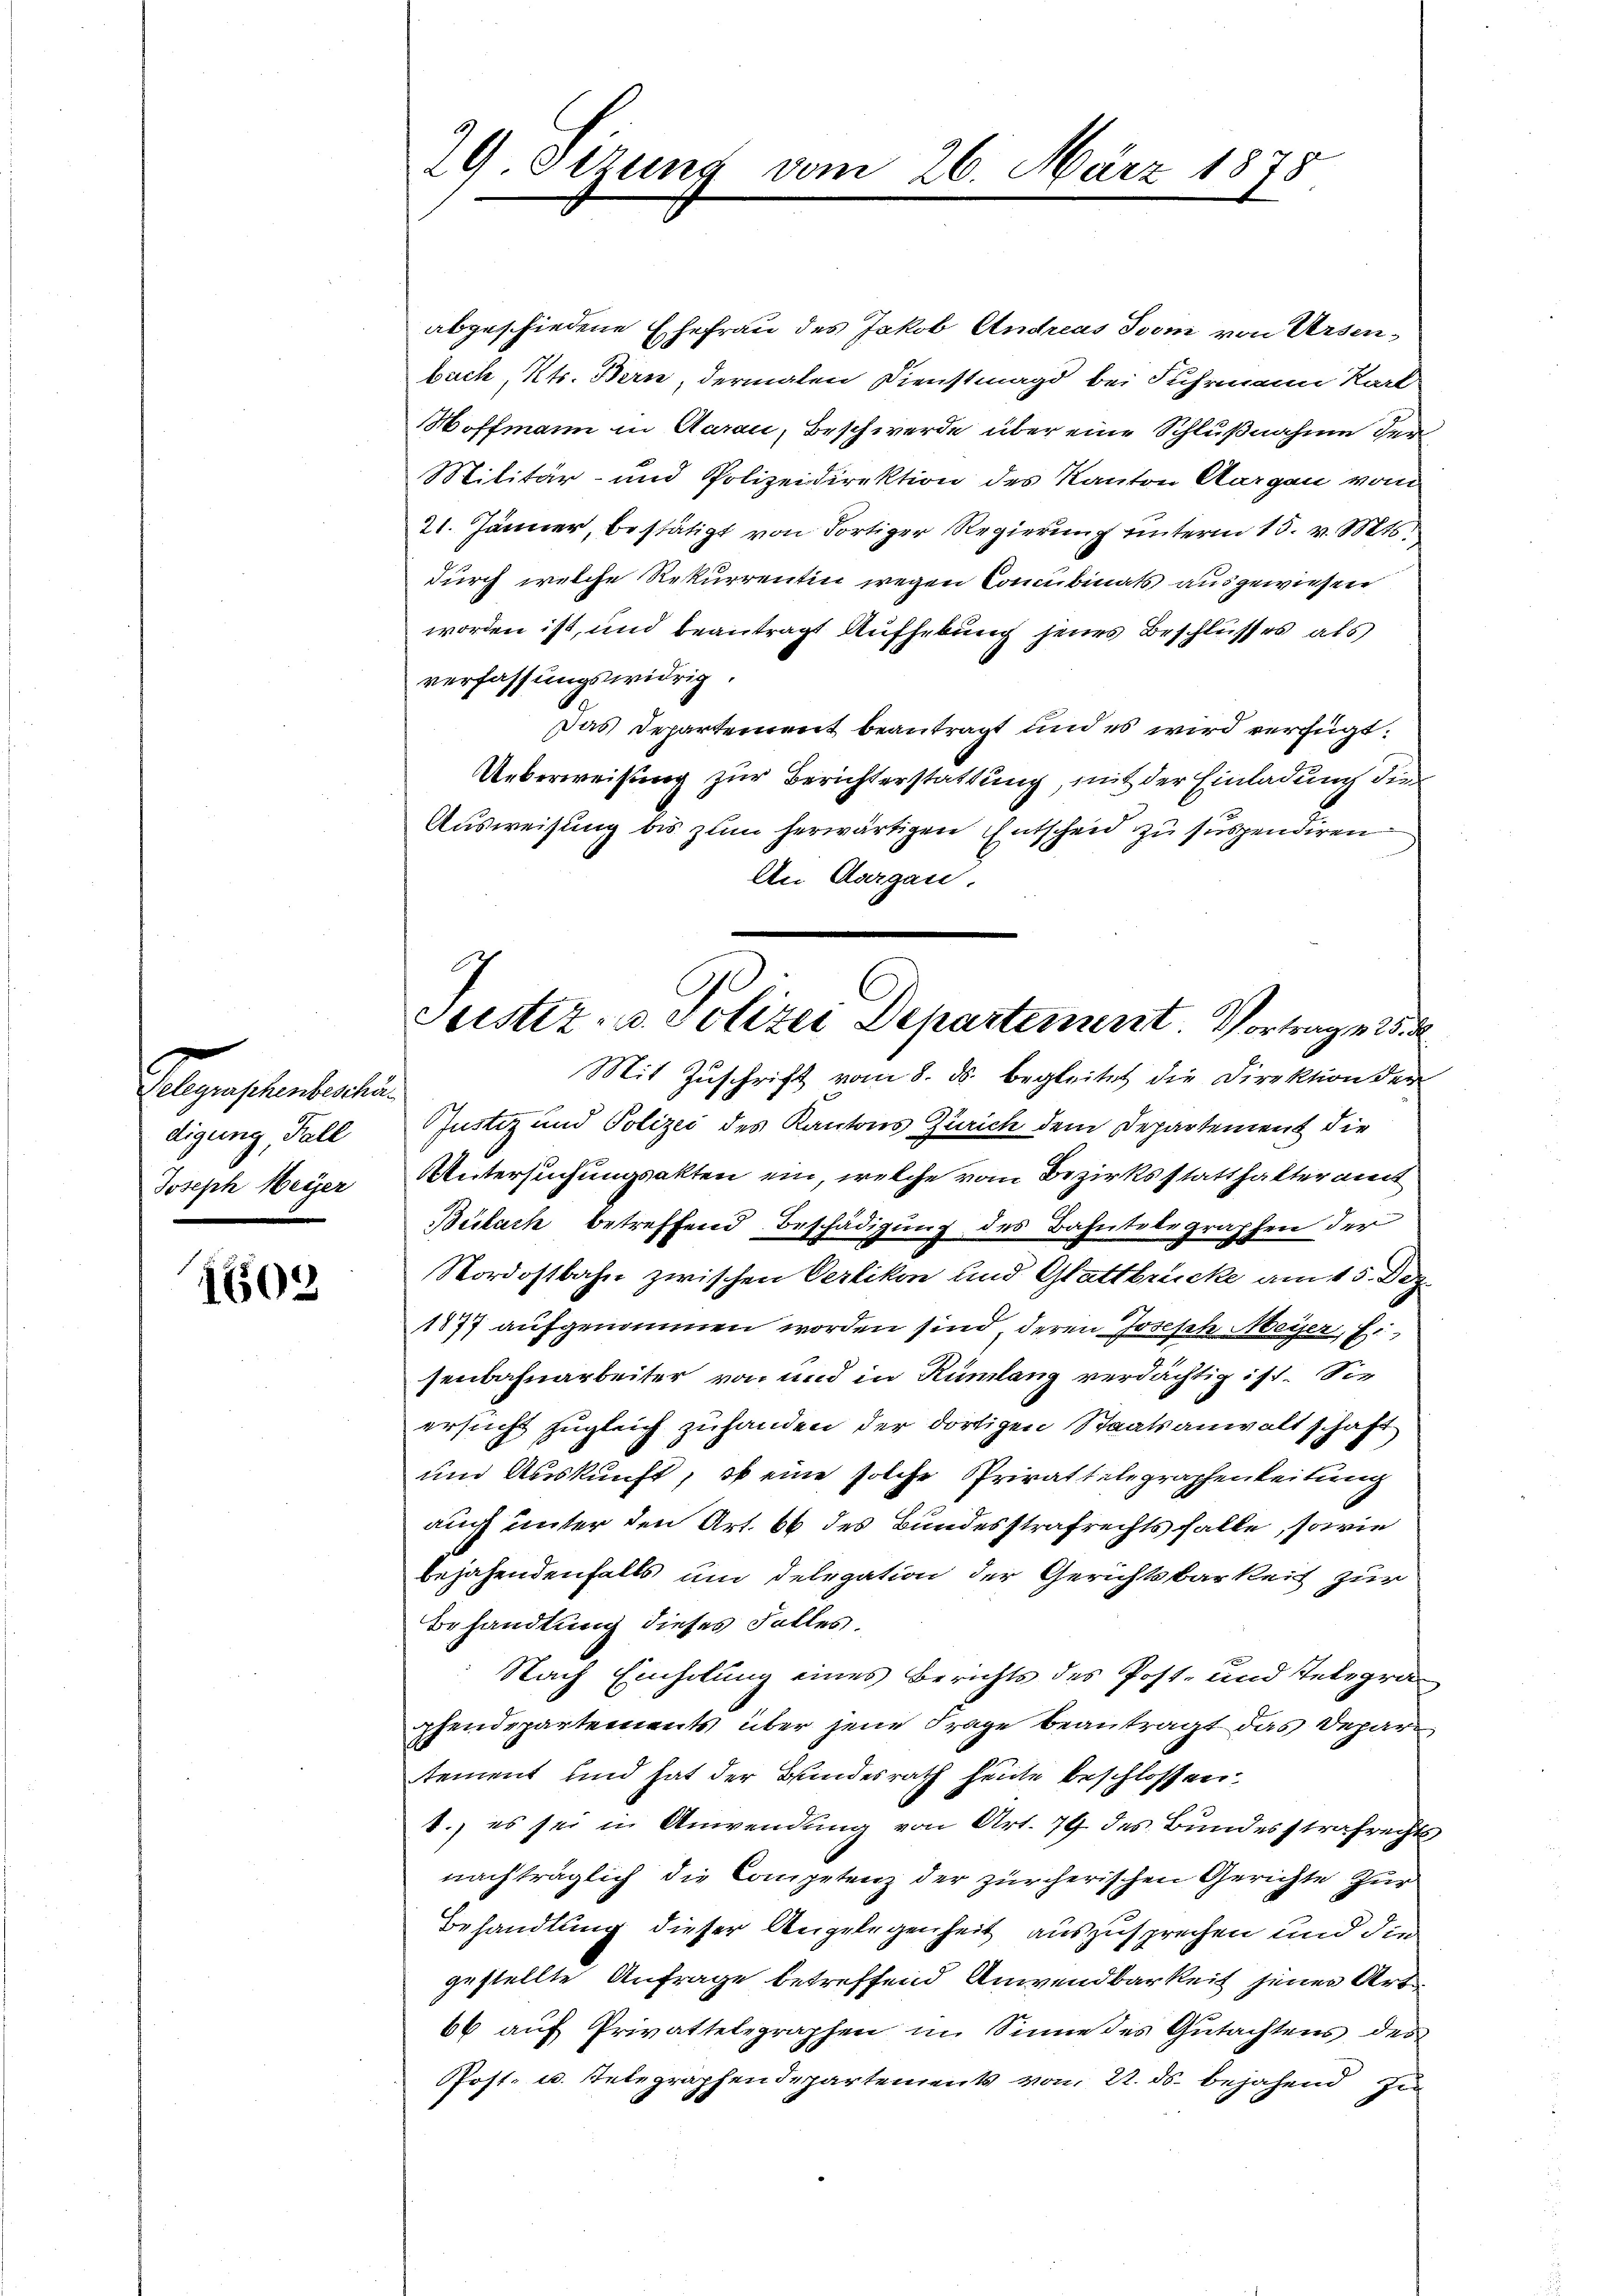
Papplanterten
digung, Fall
Joseph Meyer
s

1602

29. Setzung vom 26. März 1878

e
Sistiz- u. Polizei Departement Vortrag 25. d

abgeschiedene Ehefrau des Jakob Andreas von von Ursenbuch, Kts. Bern, dermalen Dienstmagd bei Fuhrmann Karl
Hoffmann in Aarau, Beschwerde über eine Schlußnahme der
Militär- und Polizeidirektion des Kanton Aargau vom
21. Jänner, bestätigt von dortiger Regierung unterm 15. v. Mts.,
durch welche Rekurrentin wegen Concubinats ausgewiesen
worden ist, und beantragt Aufhebung jenes Beschlusses als
verfassungswidrig.
Das Departement beantragt und es wird verfügt:
Ueberweisung zur Berichterstattung, mit der Einladung die
Ausweisung bis zum herwärtigen Entscheid zu suspendiren
An Aargau.
Mit Zuschrift vom 8. ds. begleitet die Direktion der
Justiz und Polizei des Kantons Zürich dem Departement die
Untersuchungsakten ein, welche vom Bezirksstatthalteramt
Bülach betreffend Beschädigung des Bahntelegraphen der
Nordostbahn zwischen Oerlikon und Glattbrücke am 15. Dez.
1877 aufgenommen worden sind, deren Joseph Meyer, E.
senbahnarbeiter von und in Rümlang verdächtig ist. Sie
ersucht zugleich zuhanden der dortigen Staatsanwaltschaft
und Auskunft, ob eine solche Privattelegraphenleitung
auch unter den Art. 66 des Bundesstrafrechts falle, sowie
bejahendenfalls um Delegation der Gerichtsbarkeit zur
Behandlung dieses Falles
Nach Einholung eines Berichts des Post- und Telegrapfendepartements über jene Frage beantragt das Depar
tement und hat der Bundesrath heute beschlossen
1. es sei in Anwendŭng von Art. 79 des Bundesstrafrechts
nachträglich die Competenz der zürcherischen Gerichte zur
Behandlung dieser Angelegenheit auszusprechen und die
gestellte Anfrage betreffend Anwendbarkeit jener Art
66 auf Privattelegraphen in Sinne des Gutachtens des
Pfost- u. Telegraphendepartements von 22. ds. bejahend zu